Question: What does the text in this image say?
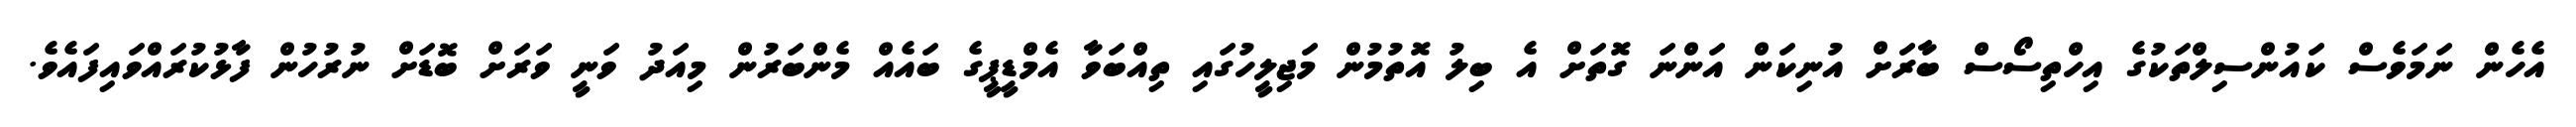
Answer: އެހެން ނަމަވެސް ކައުންސިލްތަކުގެ އިހްތިސޯސް ބާރަށް އުނިކަން އަންނަ ގޮތަށް އެ ބިލު އޮތުމުން މަޖިލީހުގައި ތިއްބަވާ އެމްޑީޕީގެ ބައެއް މެންބަރުން މިއަދު ވަނީ ވަރަށް ބޮޑަށް ނުރުހުން ފާޅުކުރައްވައިފައެވެ.